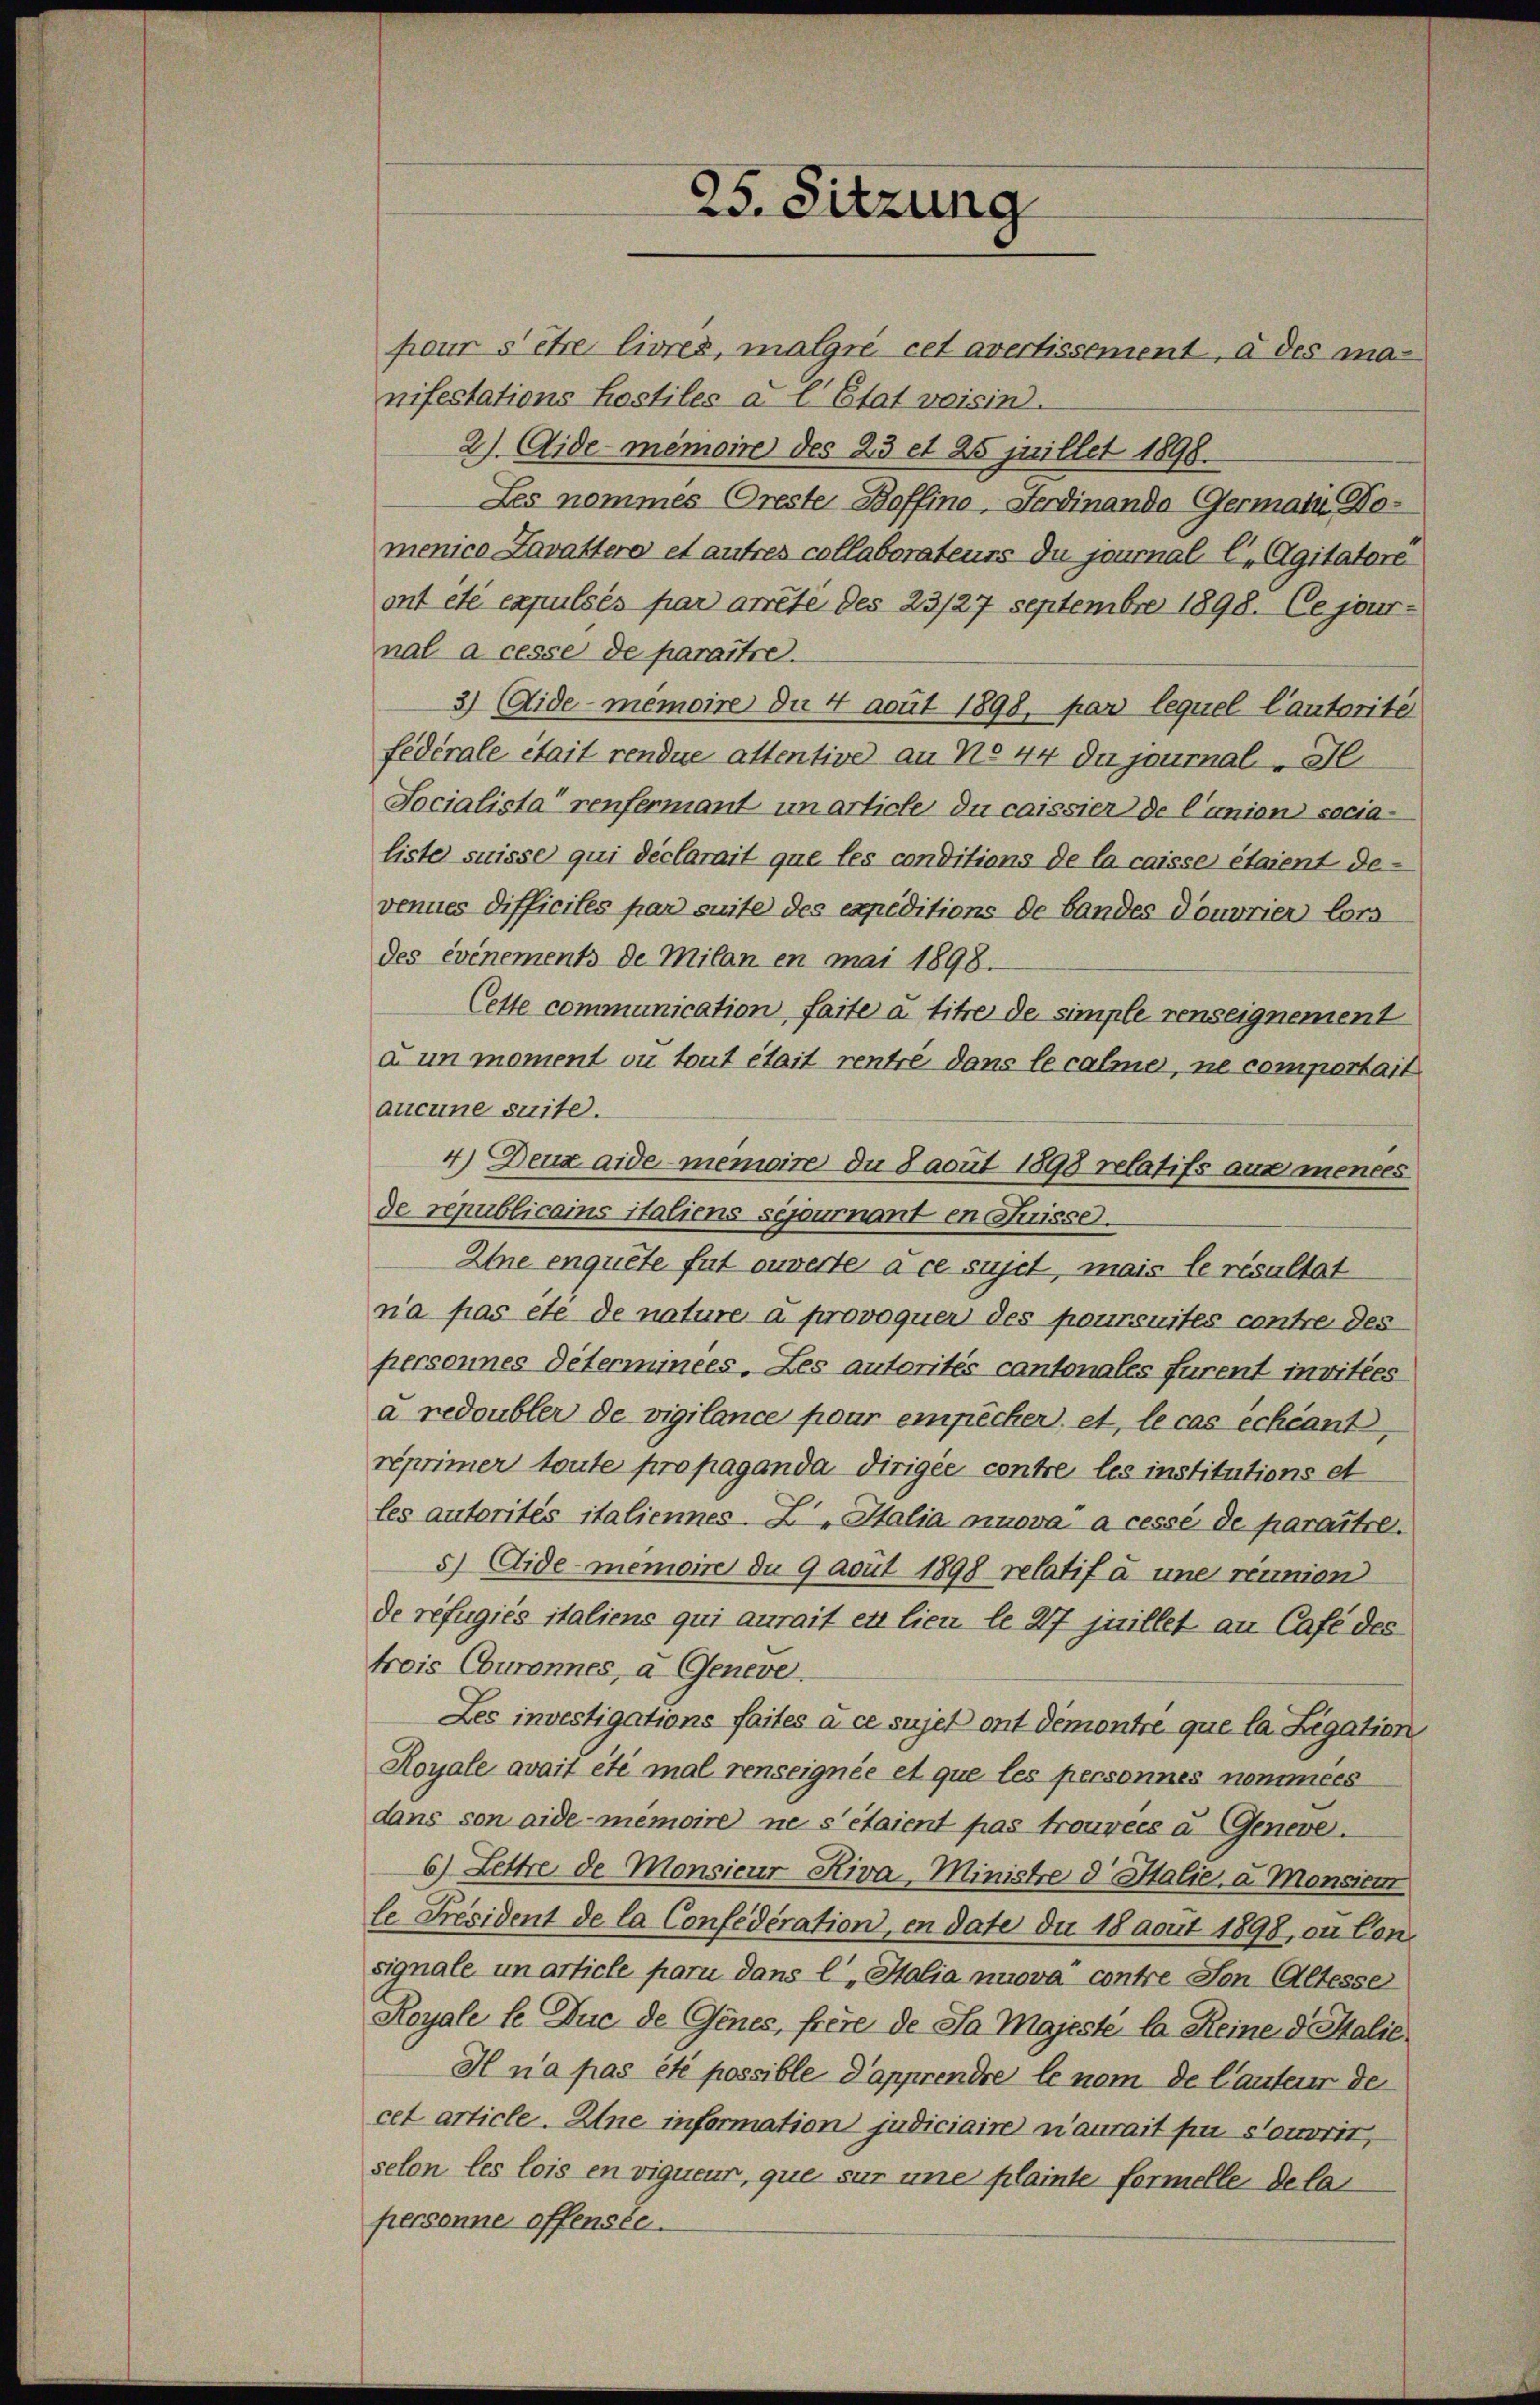
pour s’être livres, malgre cet avertissement, à des ma-
nifestations hostiles à l’Etat voisin.
2). Aide-Memoire des 23 et 25 jrillet 1898.
Les nommes Oreste Baffino, Ferdinando Germain Pomenico Lavattero et autres collaborateurs du journal l. Agitatore
ont été expulsés par arreté des 23/27 Septembre 1898. Ce journal a cesse de paraître.
3) Aidememoire du 4 aput 1898, par lequel lautorite
fédérale était rendue attentive an No 44 du journal, Il
Socialista renfermant in article du caissier de l’union socialiste suisse qui déclarait que les conditions de la caisse étaient de-
venues difficites par suite des expeditions de bandes douvrier lors
des événements de Milan en mai 1898.
Cette communication faite à titre de simple renseignement
à un moment ou tout était rentré dans le calmer, ne compertait
aucune suite.
4) Deux aide memoire du 8 acut 1898 relatifs aus mences
de republicains italiens sejournant en Suisse.
Eine enquete fut ouverte à ce sujet, mais le résultat
na pas été de nature à provoquer des poursuites contre des
personnes déterminees. Les autorités cantonales furent invitées
a redoubler de vigilance pour empêcher, et, le cas échéant,
réprimer toute propaganda dirigée contre les institutions et
les autorités italiennes. Z. Italia minova a cessé de paraître.
5) Aidememoine du 9 avut 1898 relatif à une réunion
de refugiés italiens qui aurait et lieu le 27 juillet an Café des
treis Cburonnes, a Geneve
Les investigations faites à ce sujet ont demontre que la Legation
Royale avait été mal renseignée et que les personnes nommees
dans son aidememoire ne s’étaient pas trouvees u Geneve
6) Lettre de Monsieur Riva Ministre d. Stalie, a. Monsiem
le Präsident de la Confederation, in date du 18 aout 1898, du Consignale unarticle pari dans l, Italia nuova contre von Altesse
Royale le Juc de Genes, freie de Sa Majesté la Reine d. Salie
I n’a pas été possible Dapprendre le nom de lauterer der
cet article. Eine information judiciaire n’aurait par Souvrit,
selon les lois en vigueur, que sur une plainte formelle de la
personne offenste

25. Sitzung